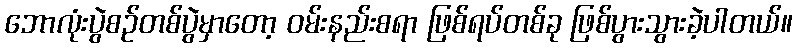
ဘောလုံးပွဲစဉ်တစ်ပွဲမှာတော့ ဝမ်းနည်းစရာ ဖြစ်ရပ်တစ်ခု ဖြစ်ပွားသွားခဲ့ပါတယ်။